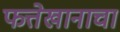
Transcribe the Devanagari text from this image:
फत्तेखानाचा